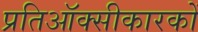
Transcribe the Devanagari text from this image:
प्रतिऑक्सीकारकों